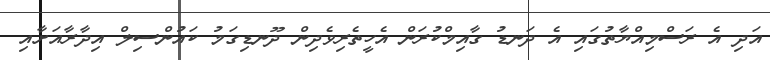
އަދި އެ ރަސްމިއްޔާތުގައި އެ ދަނޑު ގާއިމްކުރަން އެހީތެރިވެދިން ދޫނޑިގަމު ކައުންސިލް އިދާރާއަށާއި